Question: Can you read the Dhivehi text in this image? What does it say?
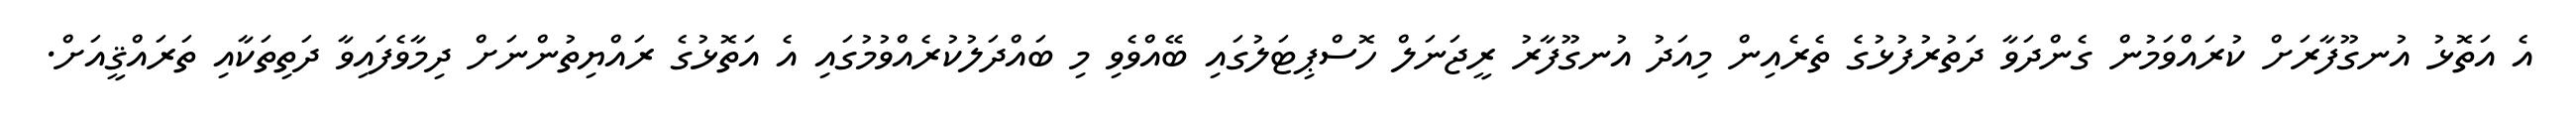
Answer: އެ އަތޮޅު އުނގޫފާރަށް ކުރައްވަމުން ގެންދަވާ ދަތުރުފުޅުގެ ތެރެއިން މިއަދު އުނގޫފާރު ރީޖަނަލް ހޮސްޕިޓަލުގައި ބޭއްވެވި މި ބައްދަލުކުރެއްވުމުގައި އެ އަތޮޅުގެ ރައްޔިތުންނަށް ދިމާވެފައިވާ ދަތިތަކާއި ތަރައްޤީއަށް.